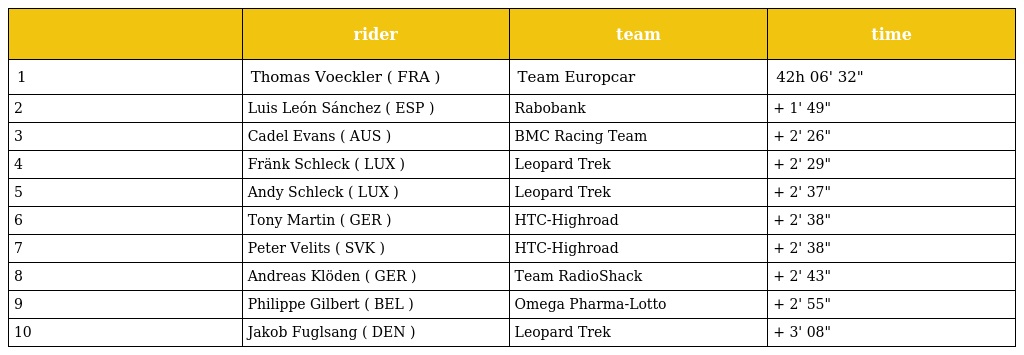
|  | rider | team | time |
 | --- | --- | --- | --- |
 | 1 | Thomas Voeckler ( FRA ) | Team Europcar | 42h 06' 32" |
 | 2 | Luis León Sánchez ( ESP ) | Rabobank | + 1' 49" |
 | 3 | Cadel Evans ( AUS ) | BMC Racing Team | + 2' 26" |
 | 4 | Fränk Schleck ( LUX ) | Leopard Trek | + 2' 29" |
 | 5 | Andy Schleck ( LUX ) | Leopard Trek | + 2' 37" |
 | 6 | Tony Martin ( GER ) | HTC-Highroad | + 2' 38" |
 | 7 | Peter Velits ( SVK ) | HTC-Highroad | + 2' 38" |
 | 8 | Andreas Klöden ( GER ) | Team RadioShack | + 2' 43" |
 | 9 | Philippe Gilbert ( BEL ) | Omega Pharma-Lotto | + 2' 55" |
 | 10 | Jakob Fuglsang ( DEN ) | Leopard Trek | + 3' 08" |